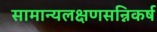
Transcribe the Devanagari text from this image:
सामान्यलक्षणसन्निकर्ष